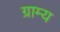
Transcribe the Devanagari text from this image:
ग्राम्‍य